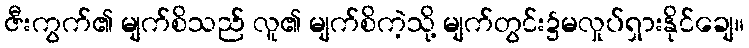
ဇီးကွက်၏ မျက်စိသည် လူ၏ မျက်စိကဲ့သို့ မျက်တွင်း၌မလှုပ်ရှားနိုင်ချေ။